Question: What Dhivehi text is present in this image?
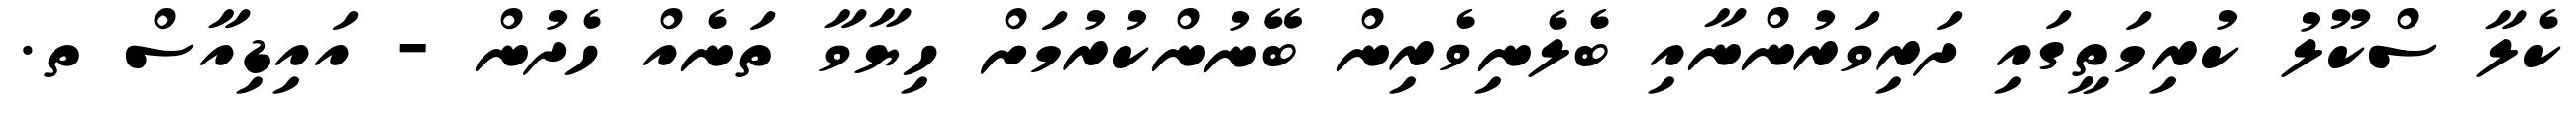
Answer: ކެލާ ސްކޫލު ކުރިމަތީގައި ދަރިވަރުންނާއި ބެލެނިވެރިން ބޭނުންކުރުމަށް ހިޔާވާ ތަނެއް ހެދުން - އައިޑިއާސް ތ.